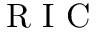
\mathrm { ~ R ~ I ~ C ~ }